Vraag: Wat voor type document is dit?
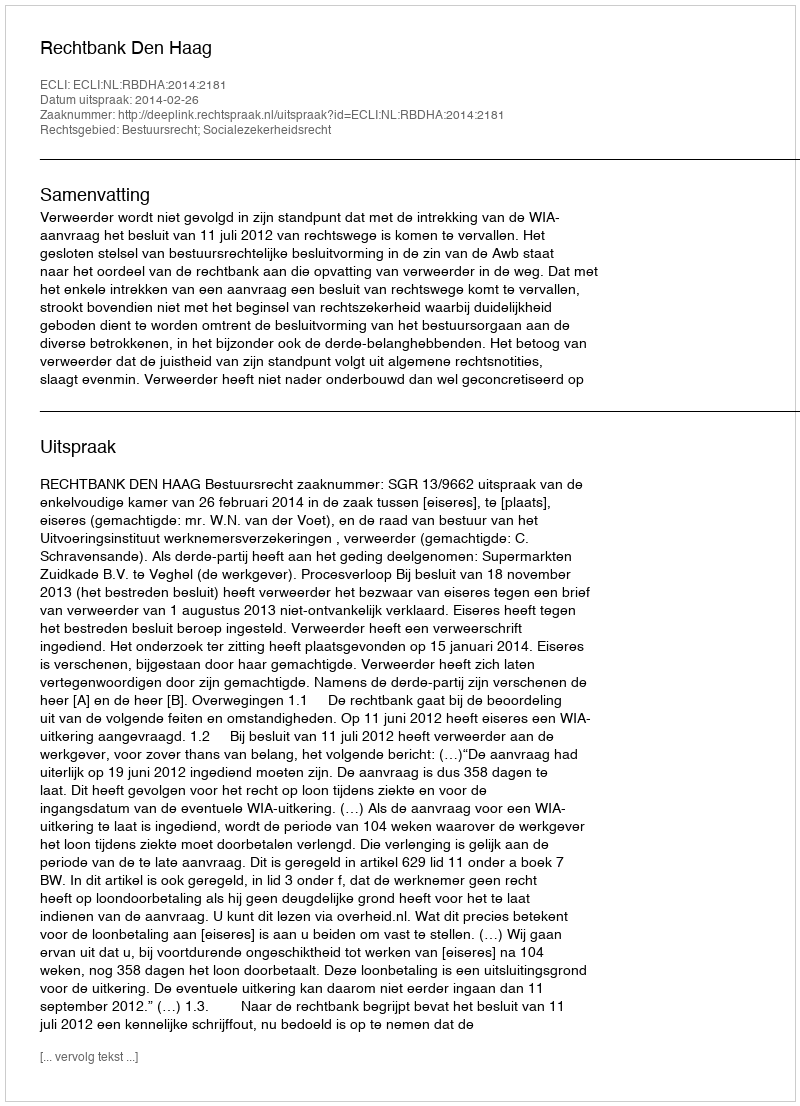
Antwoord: Uitspraak